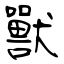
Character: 獸